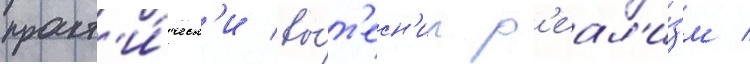
практ'и́ческ'и вы́т'есн'ил р'еал'и́зм /